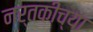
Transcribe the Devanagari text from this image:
नर्तकीच्या